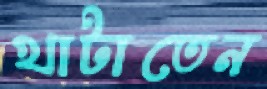
খাটাতেন